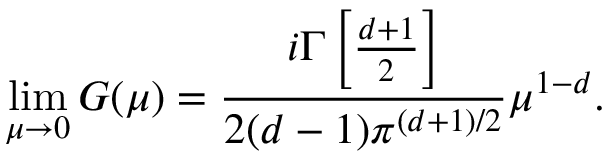
\operatorname * { l i m } _ { \mu \to 0 } G ( \mu ) = \frac { i \Gamma \left[ \frac { d + 1 } { 2 } \right] } { 2 ( d - 1 ) \pi ^ { ( d + 1 ) / 2 } } \mu ^ { 1 - d } .